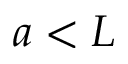
a < L